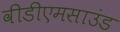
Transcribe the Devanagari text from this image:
वीडीएमसाउंड